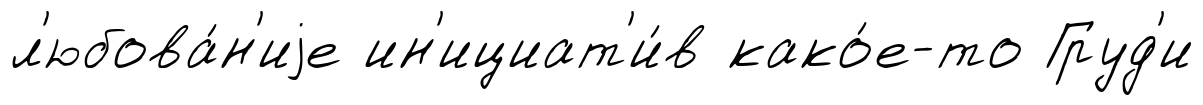
л'юбова́н'иjе ин'ициат'и́в како́е-то Груд'и